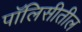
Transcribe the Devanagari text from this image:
पॉलिसीतील